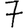
Digit: 7